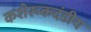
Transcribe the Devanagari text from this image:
कशेरूकदंडीय